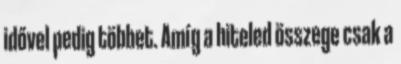
idővel pedig többet. Amíg a hiteled összege csak a